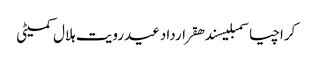
کراچیاسمبلیسندھقراردادعیدرویت ہلال کمیٹی